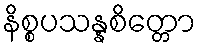
နိစ္စပသန္နစိတ္တော